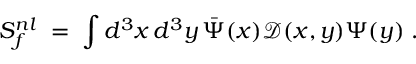
S _ { f } ^ { n l } \; = \; \int d ^ { 3 } x \, d ^ { 3 } y \, \bar { \Psi } ( x ) \mathcal { D } ( x , y ) \Psi ( y ) \; .